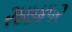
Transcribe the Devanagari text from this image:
२४७४५२